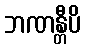
ဘဏန္တီပိ